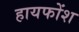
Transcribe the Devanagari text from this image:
हायफोंश